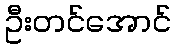
ဦးတင်အောင်